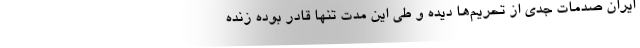
ایران صدمات جدی از تحریم‌ها دیده و طی این مدت تنها قادر بوده زنده